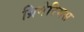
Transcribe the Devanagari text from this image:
ग्रिगेरियस